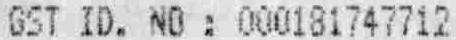
GST ID. NO : 000181747712